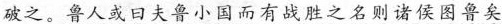
破之。鲁人或曰夫鲁小国而有战胜之名则诸侯音矣